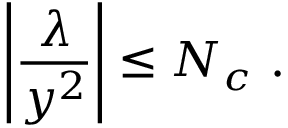
\left| { \frac { \lambda } { y ^ { 2 } } } \right| \le N _ { c } ~ .